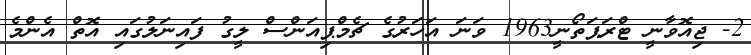
2- ޖިއޮވާނީ ޓްރަޕަތޯނީ1963 ވަނަ އަހަރުގެ ޗެމްޕިއަންސް ލީގު ފައިނަލުގައި އޮތް އެންމެ